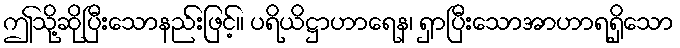
ဤသို့ဆိုပြီးသောနည်းဖြင့်။ ပရိယိဋ္ဌာဟာရေန၊ ရှာပြီးသောအာဟာရရှိသော